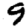
Digit: 9